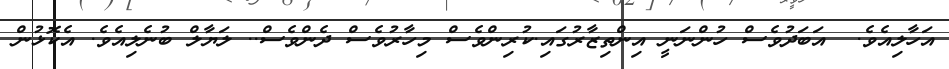
އަހާލިއެވެ.  އަބަދުވެސް ހުންނަނީ އިންތިޒާރުގައި.ކުރިންވެސް މިހާރުވެސް ދެންވެސް.. ލަޔާލް ބުނެލިއެވެ. އެކޮޅުން